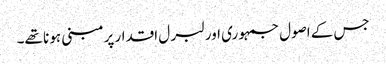
جس کے اصول جمہو ری اور لبر ل اقدار پرمبنی ہو نا تھے۔